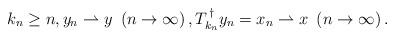
LaTeX: \begin{align*}k_{n}\geq n,y_{n}\rightharpoonup y\ \left( n\rightarrow \infty \right),T_{k_{n}}^{\,\dag }y_{n}=x_{n}\rightharpoonup x\ \left( n\rightarrow\infty \right) . \end{align*}